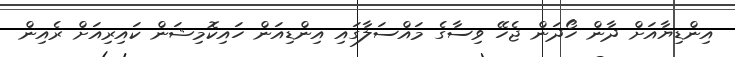
އިންޑިޔާއަށް ދާން ހޯދަން ޖެހޭ ވިސާގެ މައްސަލާގައި އިންޑިއަން ހައިކޮމިޝަން ކައިރިއަށް ރެއިން